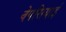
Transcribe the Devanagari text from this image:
वेपसियाई